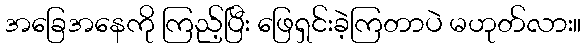
အခြေအနေကို ကြည့်ပြီး ဖြေရှင်းခဲ့ကြတာပဲ မဟုတ်လား။